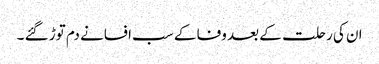
ان کی رحلت کے بعد وفا کے سب افسانے دم توڑ گئے ۔